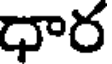
ధార